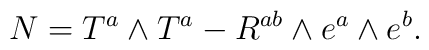
N=T^a\wedge T^a-R^{ab}\wedge e^a\wedge e^b.